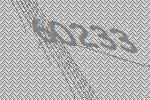
60233